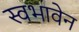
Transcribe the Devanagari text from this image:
स्वभावेन